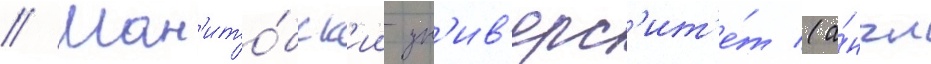
// Ман'ито́бск'ии ун'ив'ерс'ит'е́т (а́нгл